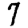
Digit: 7